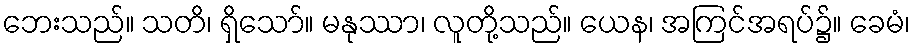
ဘေးသည်။ သတိ၊ ရှိသော်။ မနုဿာ၊ လူတို့သည်။ ယေန၊ အကြင်အရပ်၌။ ခေမံ၊